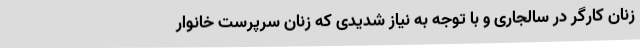
زنان کارگر در سالجاری و با توجه به نیاز شدیدی که زنان سرپرست خانوار